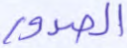
الصدور